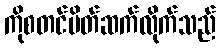
ကိုစတင်မိတ်ဆက်လိုက်သည်